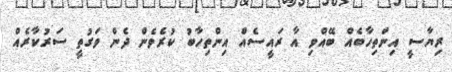
ރިޔާސީ އިންތިހާބެއް ބޭއްވި އާ ރައީސެއް އިންތިހާބު ކުރެވެން ދެން ވަގުތީ ސަރުކާރެއް